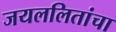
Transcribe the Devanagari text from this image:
जयललितांचा